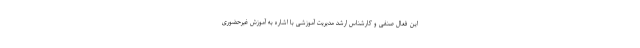
این فعال صنفی و کارشناس ارشد مدیریت آموزشی با اشاره به آموزش غیرحضوری